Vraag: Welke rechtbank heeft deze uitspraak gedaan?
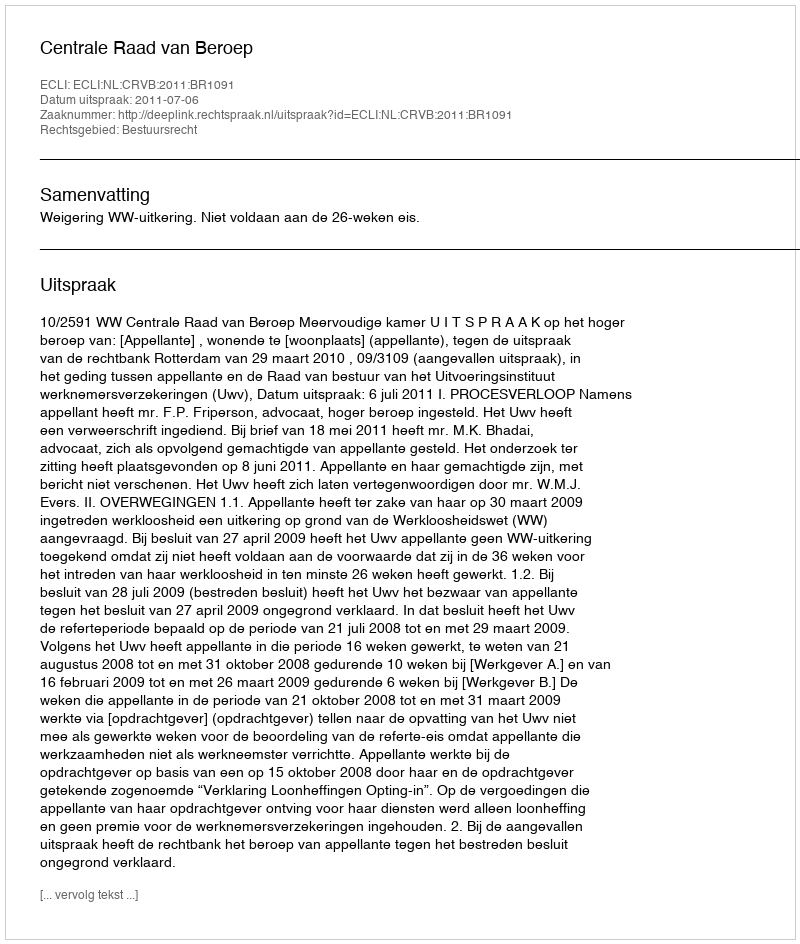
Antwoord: Centrale Raad van Beroep